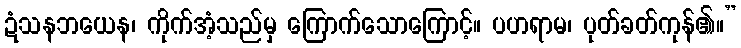
ဍံသနဘယေန၊ ကိုက်အံ့သည်မှ ကြောက်သောကြောင့်။ ပဟရာမ၊ ပုတ်ခတ်ကုန်၏။”